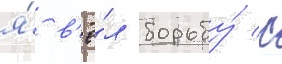
я́ в'ё́л борьбу́ с